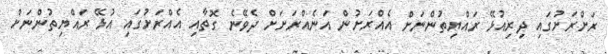
ރަށްރަށުގައި ދިރިއުޅޭ ރައްޔިތުންނަށް އެއްރަށުން އަނެއްރަށަށް ދެވޭނެ ގޮތާއި އެއްރަށުގައި އުޅޭ ރައްޔިތުންނަށް